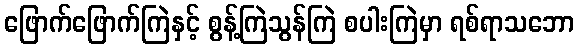
ဖြောက်ဖြောက်ကြဲနှင့် စွန့်ကြဲသွန်ကြဲ စပါးကြဲမှာ ရစ်ရာသဘော